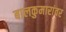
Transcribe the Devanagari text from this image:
बालकुमारांवर